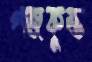
গজকুম্ভ